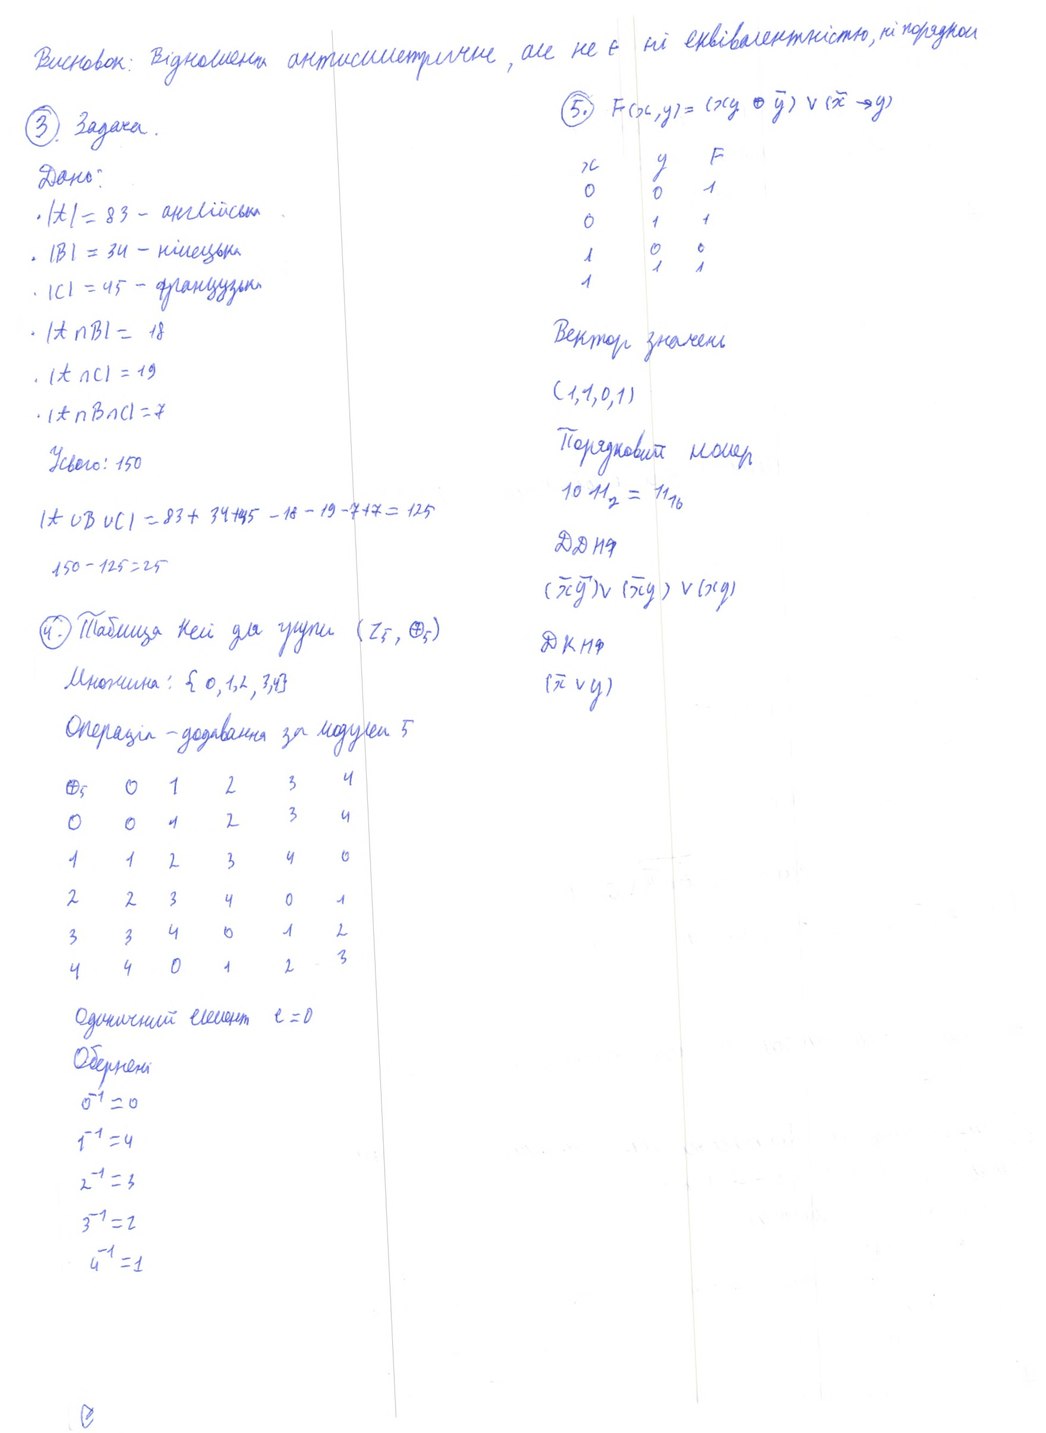
Висновок: Відношення антисиметричне, але не є ні еквівалентністю, ні порядком
5. \quad F(x, y) = (xy \oplus \bar{y}) \vee (\bar{x} \to y)
3. Задача.
x | y | F /
0 | 0 | 1 /
0 | 1 | 1 /
1 | 0 | 0 /
1 | 1 | 1
Дано:
. |А| = 83 - англійська
. |B| = 34 - німецька
. |C| = 45 - французька
Вектор значень
.|А n В| = 18
.|А n С| = 19
(1, 1, 0, 1)
.|А n В n С| = 7
Порядковий номер
Усього: 150
10 11_2 = 11_{10}
IА u B u CI = 83 + 34 + 45 - 18 - 19 - 7 + 7 = 125
ДДНФ
150 - 125 = 25
(\bar{x} \bar{y}) \vee (\bar{x} y) \vee (x y)
4. Таблица Келі для групи (Z5, ⊕5)
ДKНФ
Множина: {0, 1, 2, 3, 4}
(\bar{x} \vee y)
Операція - додавання за модулем 5
⊕₅ | 0 | 1 | 2 | 3 | 4 /
0 | 0 | 1 | 2 | 3 | 4 /
1 | 1 | 2 | 3 | 4 | 0 /
2 | 2 | 3 | 4 | 0 | 1 /
3 | 3 | 4 | 0 | 1 | 2 /
4 | 4 | 0 | 1 | 2 | 3
Одиничний елемент e = 0
Обернені
0^{-1} = 0
1^{-1} = 4
2^{-1} = 3
3^{-1} = 2
4^{-1} = 1